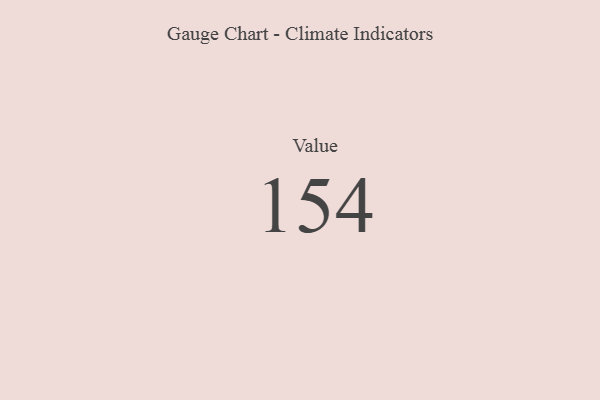
{"axis": {"x": "Metric", "y": "Value"}, "legend": [""], "data": [{"x": "Value", "y": 154, "type": ""}]}